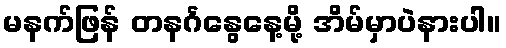
မနက်ဖြန် တနင်္ဂနွေနေ့မို့ အိမ်မှာပဲနားပါ။